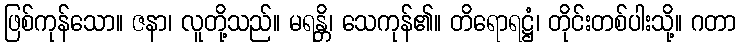
ဖြစ်ကုန်သော။ ဇနာ၊ လူတို့သည်။ မရန္တိ၊ သေကုန်၏။ တိရောရဋ္ဌံ၊ တိုင်းတစ်ပါးသို့။ ဂတာ